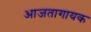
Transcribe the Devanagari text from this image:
आजतागायक